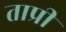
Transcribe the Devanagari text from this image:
ताप्री